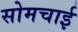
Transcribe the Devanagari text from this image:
सोमचाई